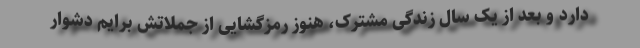
دارد و بعد از یک سال زندگی مشترک، هنوز رمزگشایی از جملاتش برایم دشوار